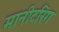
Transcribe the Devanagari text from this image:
मानीटरिंग